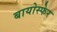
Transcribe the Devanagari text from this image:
बायोस्फेर